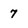
Character: 7